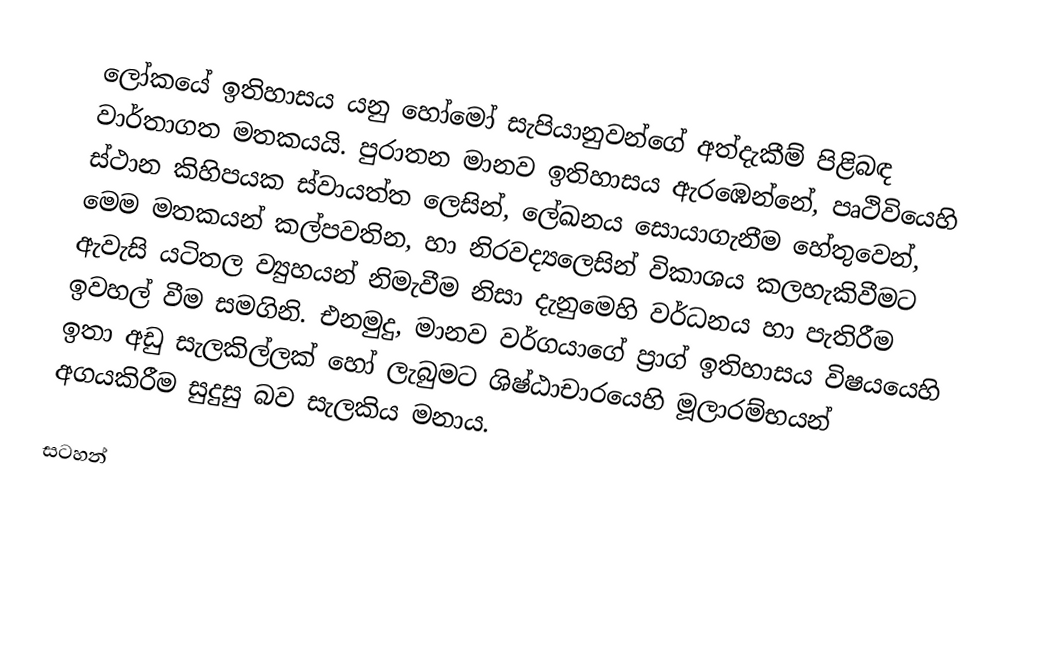
ලෝකයේ ඉතිහාසය යනු  හෝමෝ සැපියානුවන්ගේ අත්දැකීම් පිළිබඳ වාර්තාගත මතකයයි. පුරාතන මානව ඉතිහාසය ඇරඹෙන්නේ, පෘථිවියෙහි ස්ථාන කිහිපයක ස්වායත්ත ලෙසින්,  ‍ලේඛනය සොයාගැනීම හේතුවෙන්, මෙම මතකයන් කල්පවතින, හා නිරවද්‍යලෙසින් විකාශය කලහැකිවීමට ඇවැසි යටිතල ව්‍යුහයන් නිමැවීම නිසා දැනුමෙහි වර්ධනය හා පැතිරීම ඉවහල් වීම සමගිනි.  එනමුදු, මානව වර්ගයාගේ ප්‍රාග් ඉතිහාසය විෂයයෙහි ඉතා අඩු සැලකිල්ලක් හෝ ලැබුමට ශිෂ්ඨාචාරයෙහි මූලාරම්භයන් අගයකිරීම සුදුසු බව සැලකිය මනාය.

සටහන්